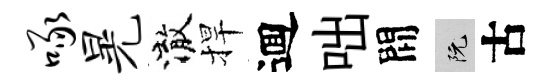
啄晃澈捍逥咄間阮古